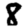
Digit: 8